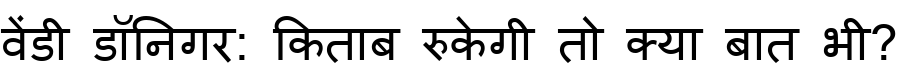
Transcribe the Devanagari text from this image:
वेंडी डॉनिगर: किताब रुकेगी तो क्या बात भी?